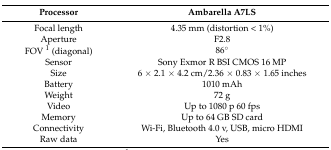
<table><thead><tr><td><b>Processor</b></td><td><b>Ambarella A7LS</b></td></tr></thead><tbody><tr><td>Focal length</td><td>4.35 mm (distortion &lt; 1%)</td></tr><tr><td>Aperture</td><td>F2.8</td></tr><tr><td>FOV <sup>1</sup> (diagonal)</td><td>86°</td></tr><tr><td>Sensor</td><td>Sony Exmor R BSI CMOS 16 MP</td></tr><tr><td>Size</td><td>6 × 2.1 × 4.2 cm/2.36 × 0.83 × 1.65 inches</td></tr><tr><td>Battery</td><td>1010 mAh</td></tr><tr><td>Weight</td><td>72 g</td></tr><tr><td>Video</td><td>Up to 1080 p 60 fps</td></tr><tr><td>Memory</td><td>Up to 64 GB SD card</td></tr><tr><td>Connectivity</td><td>Wi-Fi, Bluetooth 4.0 v, USB, micro HDMI</td></tr><tr><td>Raw data</td><td>Yes</td></tr></tbody></table>